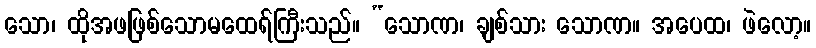
သော၊ ထိုအဖဖြစ်သောမထေရ်ကြီးသည်။ “သောဏ၊ ချစ်သား သောဏ။ အပေထ၊ ဖဲလော့။